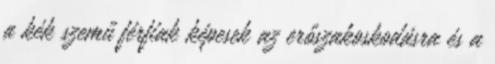
a kék szemű férfiak képesek az erőszakoskodásra és a